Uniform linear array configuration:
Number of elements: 64
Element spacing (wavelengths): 0.5
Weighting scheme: cosine
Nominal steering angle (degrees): -60
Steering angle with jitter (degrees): -58.249
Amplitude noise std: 0.05
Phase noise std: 0.05

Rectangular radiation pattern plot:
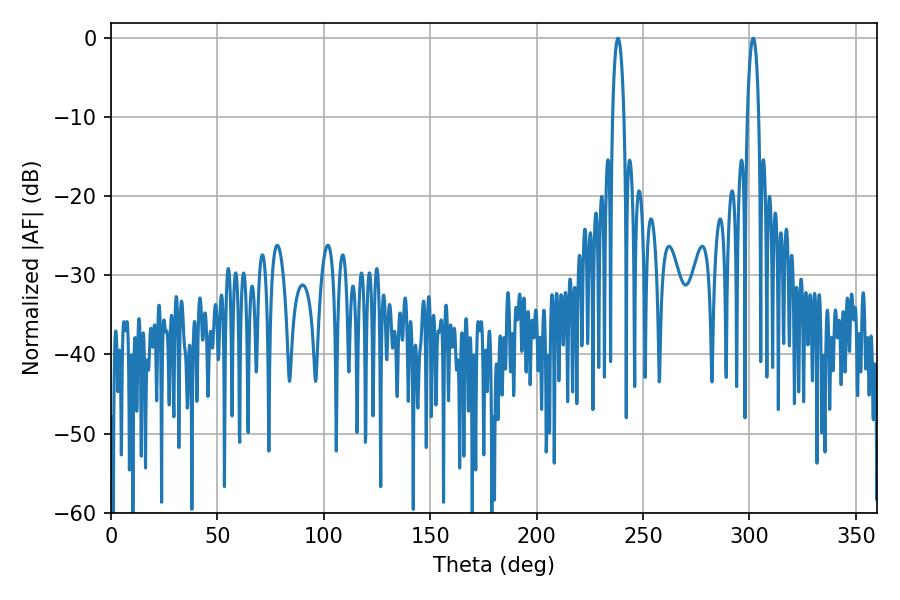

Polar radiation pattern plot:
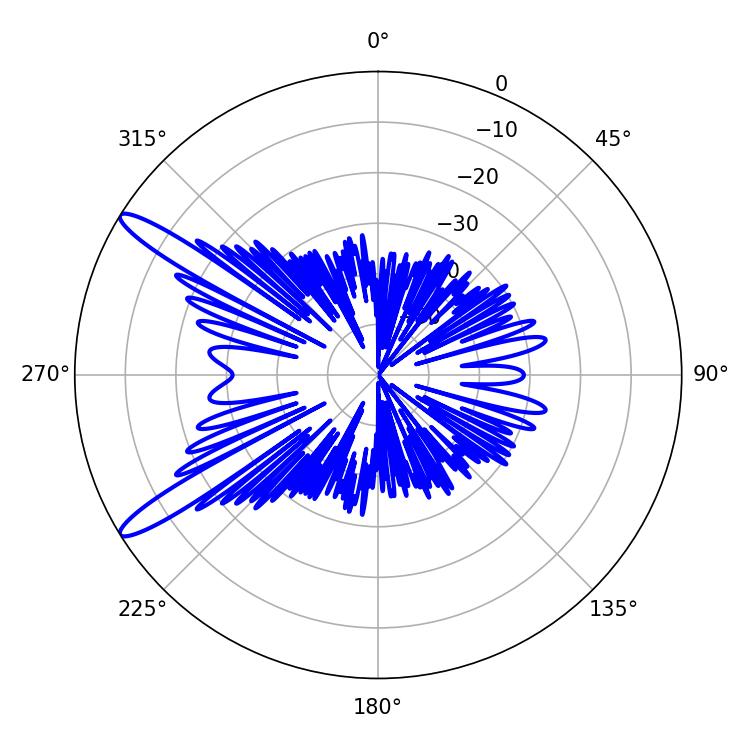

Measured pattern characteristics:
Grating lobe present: FALSE
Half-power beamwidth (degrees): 3.06
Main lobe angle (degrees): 301.68